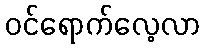
ဝင်ရောက်လေ့လာ